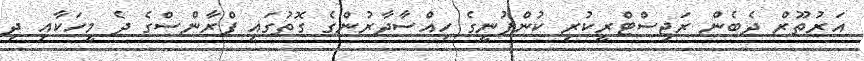
އަރުތޫރް ދެބެން ރަޖިސްޓްރީކުރި ކުންފުނީގެ ހިއްސާދާރުންގެ ގޮތުގައި ފްރާންސްގެ ދެ މީހަކާއި ދި